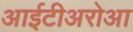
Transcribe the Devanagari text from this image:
आईटीअरोआ